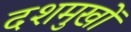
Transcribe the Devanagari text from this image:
दशमुखों